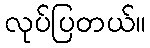
လုပ်ပြတယ်။